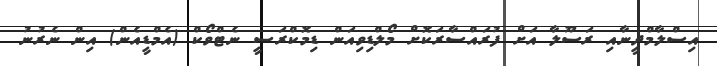
އިސްލާމްދީނާއި ރަސޫލާ އަށް ފުރައްސާރަކޮށް މޯލްޑިވިއަން ޑިމޮކްރަސީ ނެޓްވޯކް (އެމްޑީއެން) އިން ނެރުނު